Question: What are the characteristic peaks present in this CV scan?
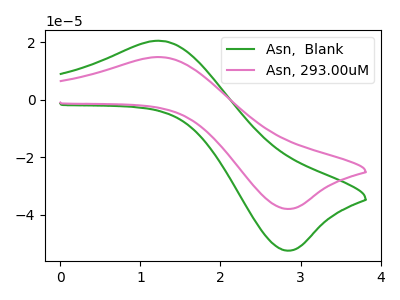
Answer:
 <answer>The green curve "Asn,  Blank" has an anodic peak at (1.25V, 20.45uA) and a cathodic peak at (2.80V, -52.35uA). The pink curve "Asn, 293.00uM" has an anodic peak at (1.25V, 14.80uA) and a cathodic peak at (2.80V, -37.90uA).</answer>
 <eval></eval>